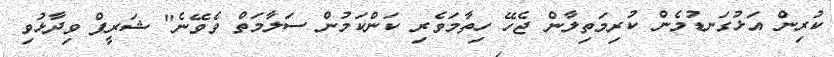
ކުރިން އަޅުގަނޑުމެން ކުރިމަތިލާން ޖެހޭ ހިތާމަވެރި ކަންކަމުން ސަލާމަތް ވެވޭނެ" ޝަރީފް ވިދާޅުވި